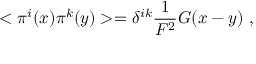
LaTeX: < \pi ^ { i } ( x ) \pi ^ { k } ( y ) > = \delta ^ { i k } \frac { 1 } { F ^ { 2 } } G ( x - y ) \ ,